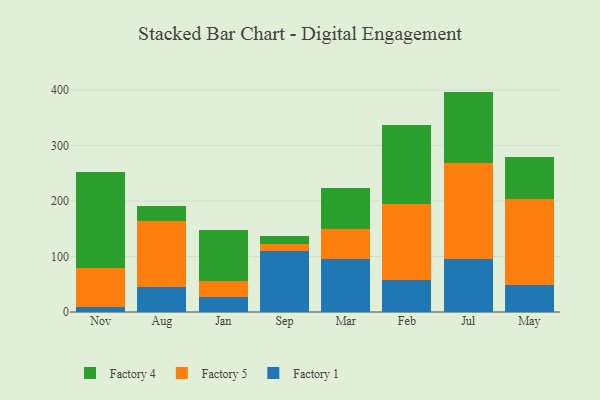
{"axis": {"x": "Month", "y": "Demand Index"}, "legend": ["Factory 1", "Factory 4", "Factory 5"], "data": [{"x": "Nov", "y": 8.3, "type": "Factory 1"}, {"x": "Nov", "y": 71.8, "type": "Factory 5"}, {"x": "Nov", "y": 172.2, "type": "Factory 4"}, {"x": "Aug", "y": 44.4, "type": "Factory 1"}, {"x": "Aug", "y": 119.3, "type": "Factory 5"}, {"x": "Aug", "y": 27.9, "type": "Factory 4"}, {"x": "Jan", "y": 27.8, "type": "Factory 1"}, {"x": "Jan", "y": 28.1, "type": "Factory 5"}, {"x": "Jan", "y": 91.4, "type": "Factory 4"}, {"x": "Sep", "y": 109.1, "type": "Factory 1"}, {"x": "Sep", "y": 13.3, "type": "Factory 5"}, {"x": "Sep", "y": 13.7, "type": "Factory 4"}, {"x": "Mar", "y": 95.7, "type": "Factory 1"}, {"x": "Mar", "y": 53.7, "type": "Factory 5"}, {"x": "Mar", "y": 73.2, "type": "Factory 4"}, {"x": "Feb", "y": 57.0, "type": "Factory 1"}, {"x": "Feb", "y": 137.6, "type": "Factory 5"}, {"x": "Feb", "y": 142.5, "type": "Factory 4"}, {"x": "Jul", "y": 96.1, "type": "Factory 1"}, {"x": "Jul", "y": 171.4, "type": "Factory 5"}, {"x": "Jul", "y": 129.4, "type": "Factory 4"}, {"x": "May", "y": 49.0, "type": "Factory 1"}, {"x": "May", "y": 154.0, "type": "Factory 5"}, {"x": "May", "y": 75.8, "type": "Factory 4"}]}